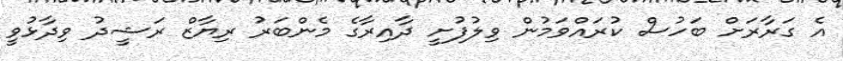
އެ ގަރާރަށް ބަހުސް ކުރައްވަމުން ވިލުފުށީ ދާއިރާގެ މެންބަރު ރިޔާޒް ރަޝީދު ވިދާޅުވީ